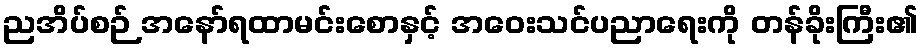
ညအိပ်စဉ် အနော်ရထာမင်းစောနှင့် အဝေးသင်ပညာရေးကို တန်ခိုးကြီး၏